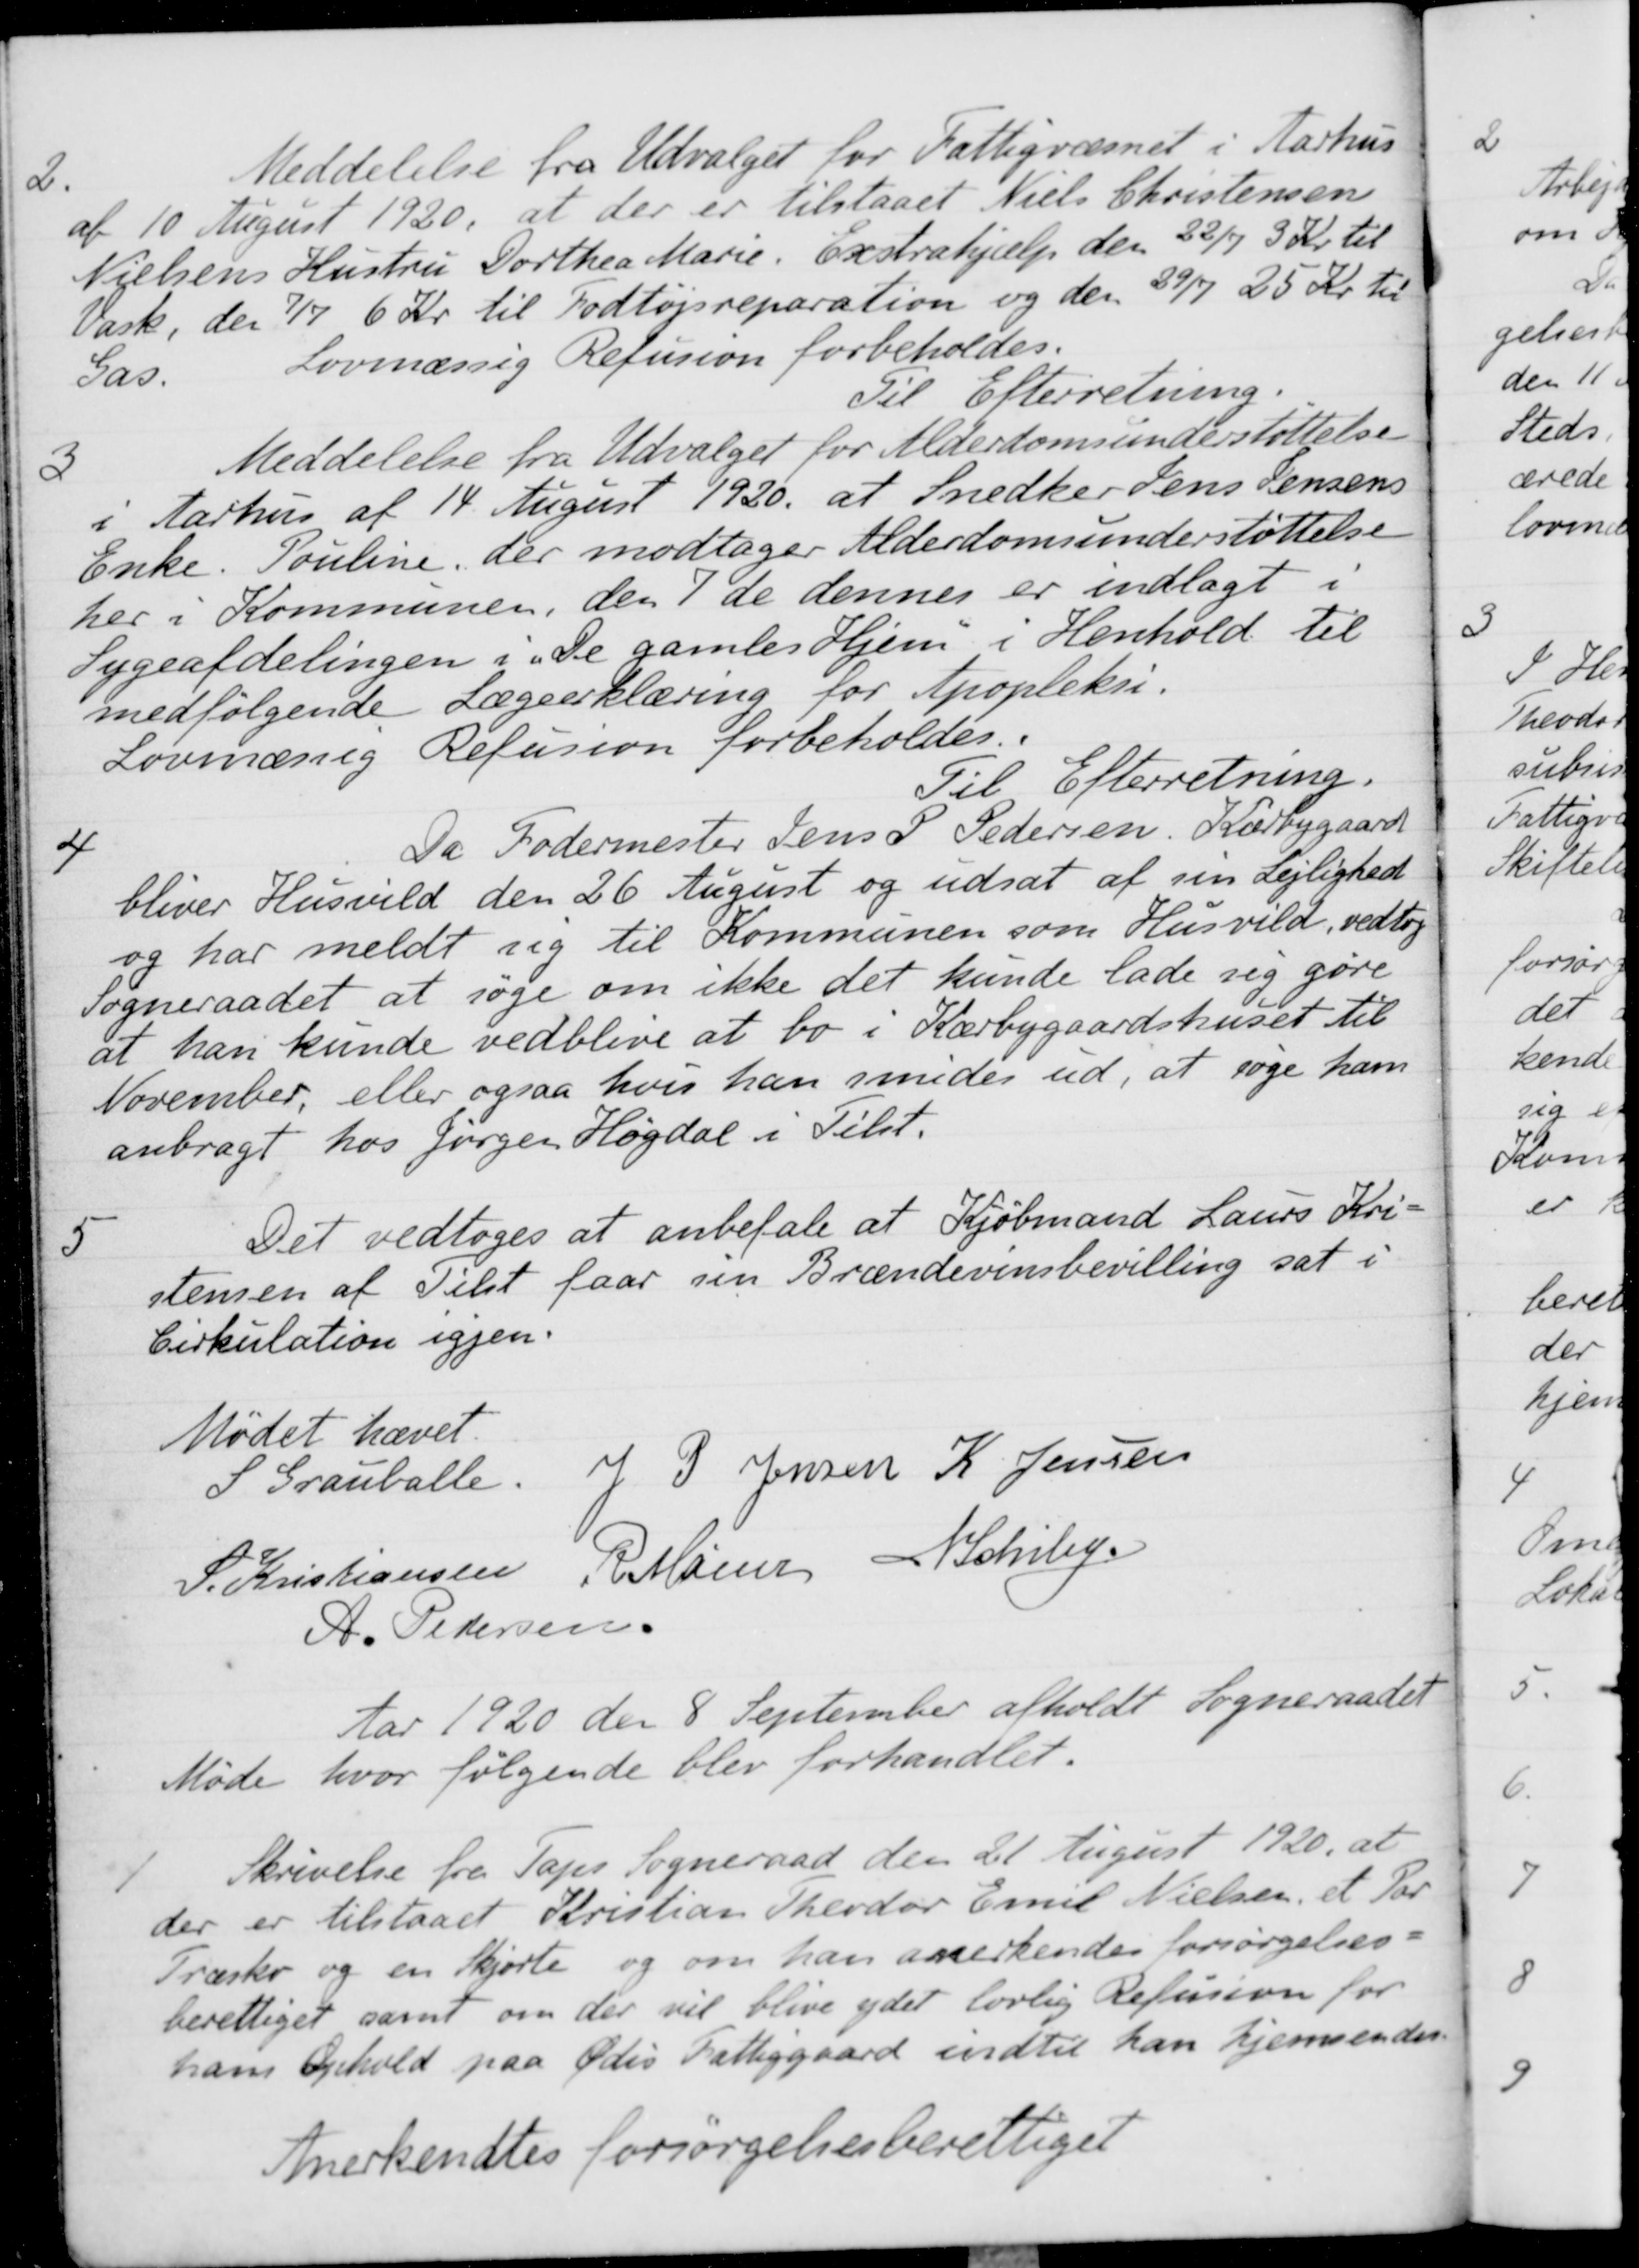
Transskription:
2.
Meddelelse fra Udvalget for Fattigvæsnet i Aarhus
af 10 August 1920, at der er tilstaaet Niels Christensen
Nielsens Hustru Dorthea Marie. Exstrahjælp den 22/7 3 Kr. til
Vask, den 7/7 6 Kr. til Fodtøjsreparation og den 29/7 25 Kr. til
Gas
Lovmæssig Refusion forbeholdes.
Til Efterretning.
3
Meddelelse fra Udvalget for Alderdomsunderstøttelse
i Aarhus af 14 August 1920 at Snedker Jens Jensens
Enke. Pouline, der modtager Alderdomsunderstøttelse
her i Kommunen, den 7de dennes er indlagt i
Sygeafdelingen i "De gamles Hjem" i Henhold til
medfølgende Lægeerklæring for Apopleksi.
Lovmæssig Refusion forbeholdes.
Til Efterretning.
4
Da Fodermester Jens P Pedersen, Karbygaard
bliver Husvild den 26 August og udsat af sin Lejlighed
og har meldt sig til Kommunen som Husvild, vedtog
Sogneraadet at søge om ikke det kunde lade sig gøre
at han kunde vedblive at bo i Kærbygaardshuset til
November, eller ogsaa hvis han smides ud, at søge ham
anbragt hos Jørgen Høgdal i Tilst.
5
Det vedtoges at anbefale at Kjøbmand Laurs Kri-
stensen af Tilst faar sin Brændevinsbevilling sat i
Cirkulation igjen.
Mødet hævet.
S. Grauballe
J. P. Jensen
K. Jensen
S. Kristiansen
R. Møller
N Schiby
A. Pedersen
Aar 1920 den 8 September afholdt Sogneraadet
Møde hvor følgende blev forhandlet.
1
Skrivelse fra Taps Sogneraad den 21 August 1920, at
der er tilstaaet Kristian Theodor Emil Nielsen, et Par
Træsko og en Skjorte og om han anerkendes forsørgelses-
berettiget samt om der vil blive ydet lovlig Refusion for
hans Ophold paa Ødis Fattiggaard indtil han hjemsendes.
Anerkendtes forsørgelsesberettiget